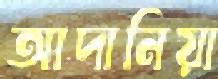
আদানিয়া